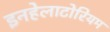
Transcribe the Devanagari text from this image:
इनहेलाटोरियम